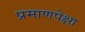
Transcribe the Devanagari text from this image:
प्रमाणपेक्षा